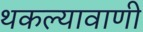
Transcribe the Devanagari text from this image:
थकल्यावाणी